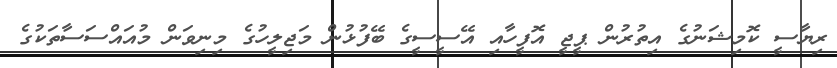
ރިޔާސީ ކޮމިޝަނުގެ އިތުރުން ޕީޖީ އޮފީހާއި އޭސީސީގެ ބޭފުޅުން މަޖިލީހުގެ މިނިވަން މުއައްސަސާތަކުގެ